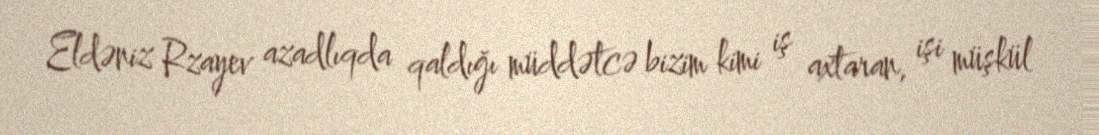
Eldəniz Rzayev azadlıqda qaldığı müddətcə bizim kimi iş axtaran, işi müşkül